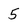
Character: 5